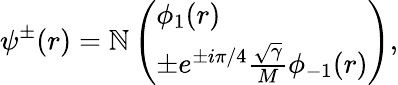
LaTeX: \psi^{\pm}(r)=\mathbb{N}\left(\begin{array}{l}{{\phi_{1}(r)}}\\ {{\pm e^{\pm i\pi/4}\frac{\sqrt{\gamma}}{M}\phi_{-1}(r)}}\end{array}\right),